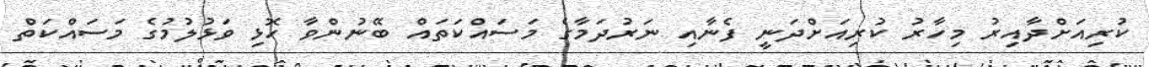
ކުރިއަށްދާއިރު މިހާރު ކުރިއަށްދަނީ ފެނާއި ނަރުދަމާގެ މަސައްކަތައް ބޭނުންވާ ހޮޅި ވަޅުލުމުގެ މަސައްކަތް